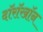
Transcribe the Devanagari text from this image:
दॉरॉखॉन